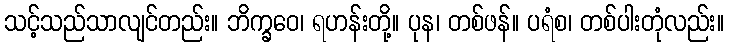
သင့်သည်သာလျင်တည်း။ ဘိက္ခဝေ၊ ရဟန်းတို့။ ပုန၊ တစ်ဖန်။ ပရံစ၊ တစ်ပါးတုံလည်း။